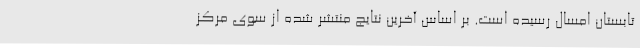
تابستان امسال رسیده است. بر اساس آخرین نتایج منتشر شده از سوی مرکز